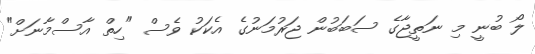
ލޯ ބުނީ މި ނަތީޖާގެ ސަބަބުން ޖަރުމަނުގެ އެކަކު ވެސް "ހިތް އާސްމާނަށް"